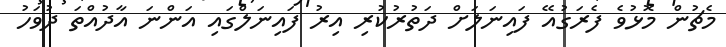
މެޗުން މޮޅުވެ ފެރަގުއޭ ފައިނަލަށް ދަތުރުކުރި އިރު ފައިނަލްގައި އަންނަ އާދުއްތަ ދުވަހު